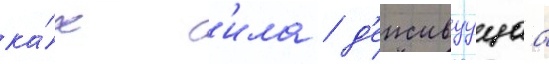
ка́к с'ила / д'еиствуущаа